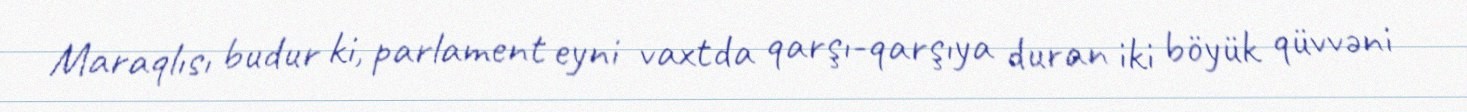
Maraqlısı budur ki, parlament eyni vaxtda qarşı-qarşıya duran iki böyük qüvvəni